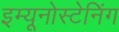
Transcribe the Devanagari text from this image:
इम्यूनोस्टेनिंग